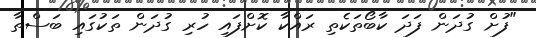
"ފުށް ގުދަން ފަދަ ކާބޯތަކެތި ރައްކާ ކޮށްފައި ހުރި ގުދަން ތަކުގައި ބަސްތާ